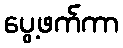
ပွေ့ဖက်ကာ